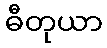
ဓီတုယာ